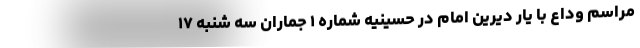
مراسم وداع با یار دیرین امام در حسینیه شماره ۱ ‌جماران سه شنبه ۱۷